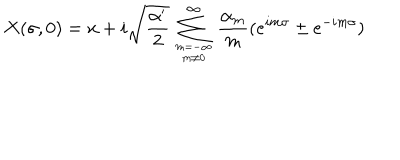
LaTeX: X ( \sigma , 0 ) = x + i \sqrt { \frac { \alpha ^ { \prime } } { 2 } } \sum _ { { m = { - \infty } } \atop { m \neq 0 } } ^ { \infty } \frac { \alpha _ { m } } { m } ( e ^ { i m \sigma } \pm e ^ { - i m \sigma } )